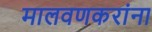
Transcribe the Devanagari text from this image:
मालवणकरांना